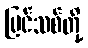
ပြင်သစ်တို့